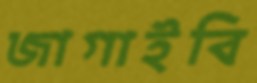
জাগাইবি